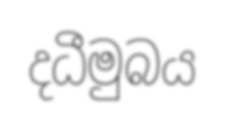
දධීමුබය